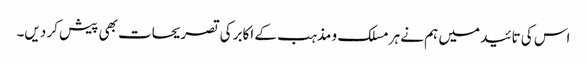
اس کی تائید میں ہم نے ہر مسلک و مذہب کے اکابر کی تصریحات بھی پیش کر دیں۔